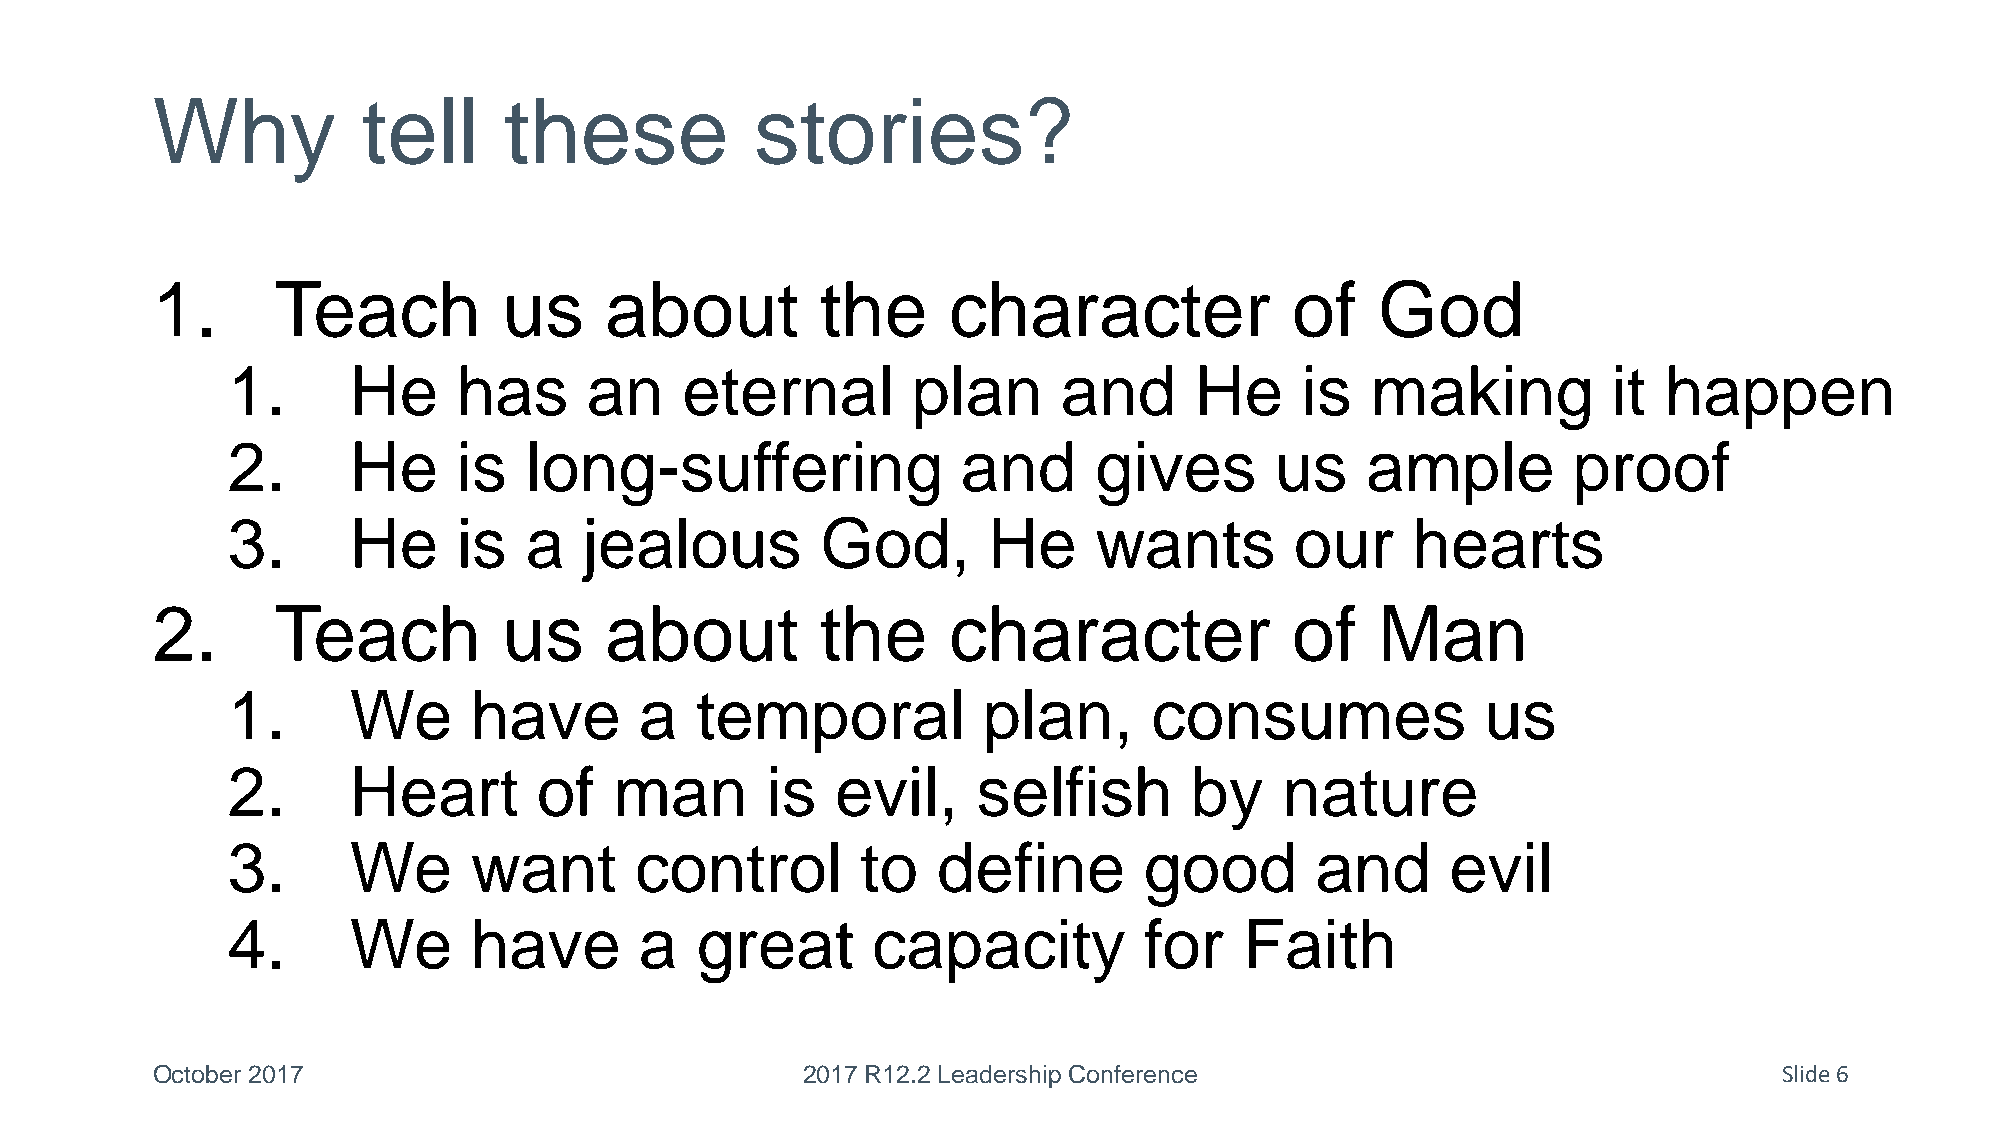
Why           tell     these            stories?
 1.      Teach          us     about         the      character             of    God
 1.      He     has      an    eternal        plan      and      He     is   making          it happen
 2.      He     is   long-suffering               and     gives       us    ample         proof
 3.      He     is   a   jealous        God,       He     wants         our    hearts
 2.      Teach          us     about         the      character             of    Man
 1.      We      have       a   temporal           plan,      consumes              us
 2.      Heart        of   man       is  evil,     selfish       by    nature
 3.      We      want       control        to   define        good       and      evil
 4.      We      have       a   great       capacity          for   Faith
 October 2017                               2017 R12.2 Leadership Conference                                 Slide 6